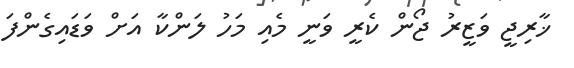
ޚާރިޖީ ވަޒީރު ޖޯން ކެރީ ވަނީ މެއި މަހު ލަންކާ އަށް ވަޑައިގެންފަ